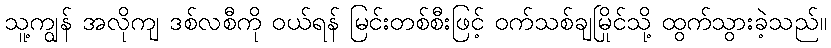
သူ့ကျွန် အလိုကျ ဒစ်လစီကို ဝယ်ရန် မြင်းတစ်စီးဖြင့် ဝက်သစ်ချမြိုင်သို့ ထွက်သွားခဲ့သည်။